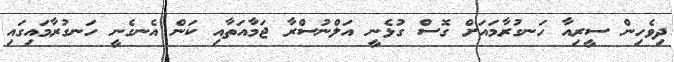
ދިވެހިން ސީރިއާ ހަނގުރާމައަށް ގޮސް ގުޅެނީ އަލްނުސްރާ ޖަމާއަތާއި ކަން އެނގެނީ ހަނގުރާމައިގައި